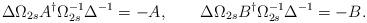
LaTeX: \begin{align*}\Delta\Omega_{2s}A^{\dagger}\Omega_{2s}^{-1}\Delta^{-1}=-A,\qquad\Delta\Omega_{2s}B^{\dagger}\Omega_{2s}^{-1}\Delta^{-1}=-B.\end{align*}